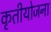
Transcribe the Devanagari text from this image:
कृतीयोजना